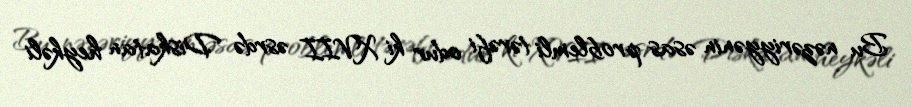
Bu nəzəriyyənin əsas problemli tərəfi odur ki XVII əsrdə Diskatan heykəli